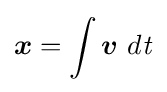
{\boldsymbol {x}}=\int {\boldsymbol {v}}\ d{\mathit {t}}